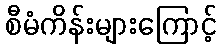
စီမံကိန်းများကြောင့်